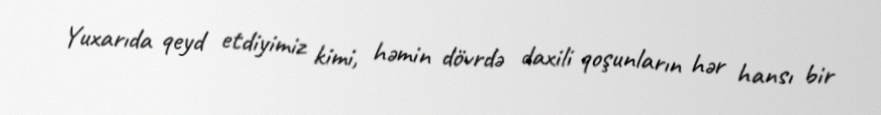
Yuxarıda qeyd etdiyimiz kimi, həmin dövrdə daxili qoşunların hər hansı bir